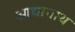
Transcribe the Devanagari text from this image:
आद्यानाथ